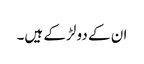
ان کے دو لڑکے ہیں۔